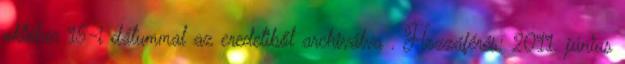
október 15-i dátummal az eredetiből archiválva . Hozzáférés: 2011. június